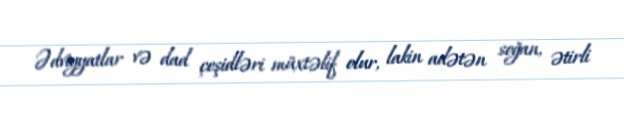
Ədviyyatlar və dad çeşidləri müxtəlif olur, lakin adətən soğan, ətirli